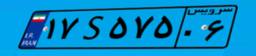
۱۷S۵۷۵۰۶